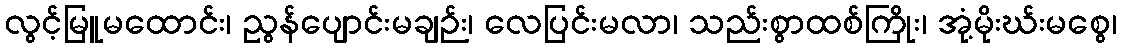
လွင့်မြူမထောင်း၊ ညွန်ပျောင်းမချဉ်း၊ လေပြင်းမလာ၊ သည်းစွာထစ်ကြိုး၊ အုံ့မိုးဃ်းမစွေ၊